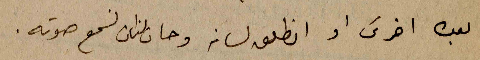
بعده اخرس او انطلق لسانه وحان الزمن لنسمع صوته.